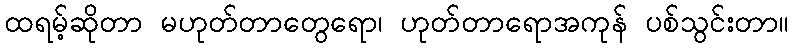
ထရမ့်ဆိုတာ မဟုတ်တာတွေရော၊ ဟုတ်တာရောအကုန် ပစ်သွင်းတာ။